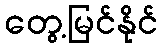
တွေ့မြင်နိုင်